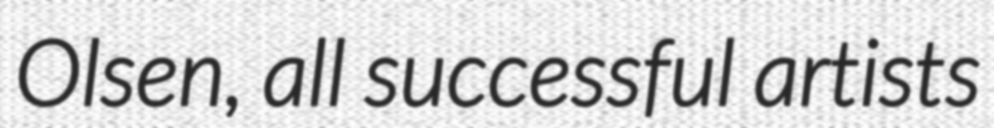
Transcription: Olsen, all successful artists